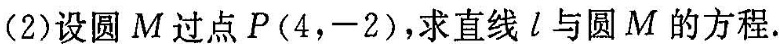
(2)设圆M过点P(4，-2)，求直线l与圆M的方程.